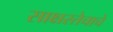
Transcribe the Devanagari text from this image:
साक्षरतेचाचे